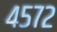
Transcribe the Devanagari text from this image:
४५७२